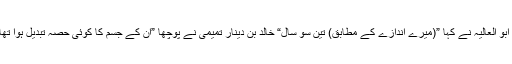
“ ابو العالیہ نے کہا ”(میرے اندازے کے مطابق) تین سو سال“ خالد بن دينار تميمی نے پوچھا ”ان کے جسم کا کوئی حصہ تبدیل ہوا تھا؟